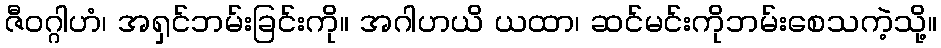
ဇီဝဂ္ဂါဟံ၊ အရှင်ဘမ်းခြင်းကို။ အဂါဟယိ ယထာ၊ ဆင်မင်းကိုဘမ်းစေသကဲ့သို့။